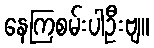
နေကြစမ်းပါဦးဗျ။